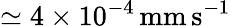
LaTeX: \simeq 4\times 10^{-4}\, \mathrm{mm\, s}^{-1}